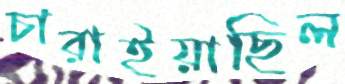
চারাইয়াছিল